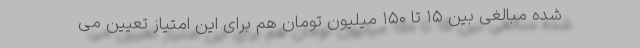
شده مبالغی بین ۱۵ تا ۱۵۰ میلیون تومان هم برای این امتیاز تعیین می